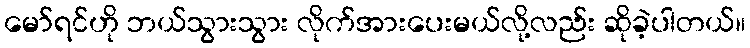
မော်ရင်ဟို ဘယ်သွားသွား လိုက်အားပေးမယ်လို့လည်း ဆိုခဲ့ပါတယ်။